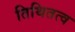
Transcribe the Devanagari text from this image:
तिथितत्व